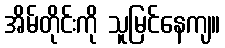
အိမ်တိုင်းကို သူမြင်နေကျ။